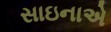
સાઇનાએ